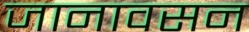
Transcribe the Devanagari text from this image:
जानावसन